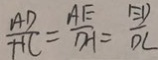
\frac { A D } { H C } = \frac { A E } { D H } = \frac { E D } { D C }